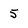
Character: 5